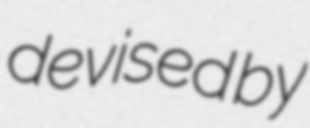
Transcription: devised by